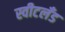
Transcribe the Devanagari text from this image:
स्वीटलँड